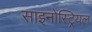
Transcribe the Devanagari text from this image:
साइनोस्ट्रियल